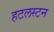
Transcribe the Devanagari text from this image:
हटलस्टन